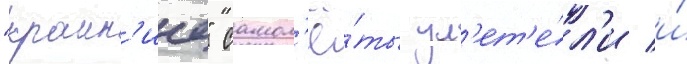
"краин'ие" самол'ё́ты ул'ет'е́л'и и́